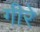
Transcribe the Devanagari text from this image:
गीरे